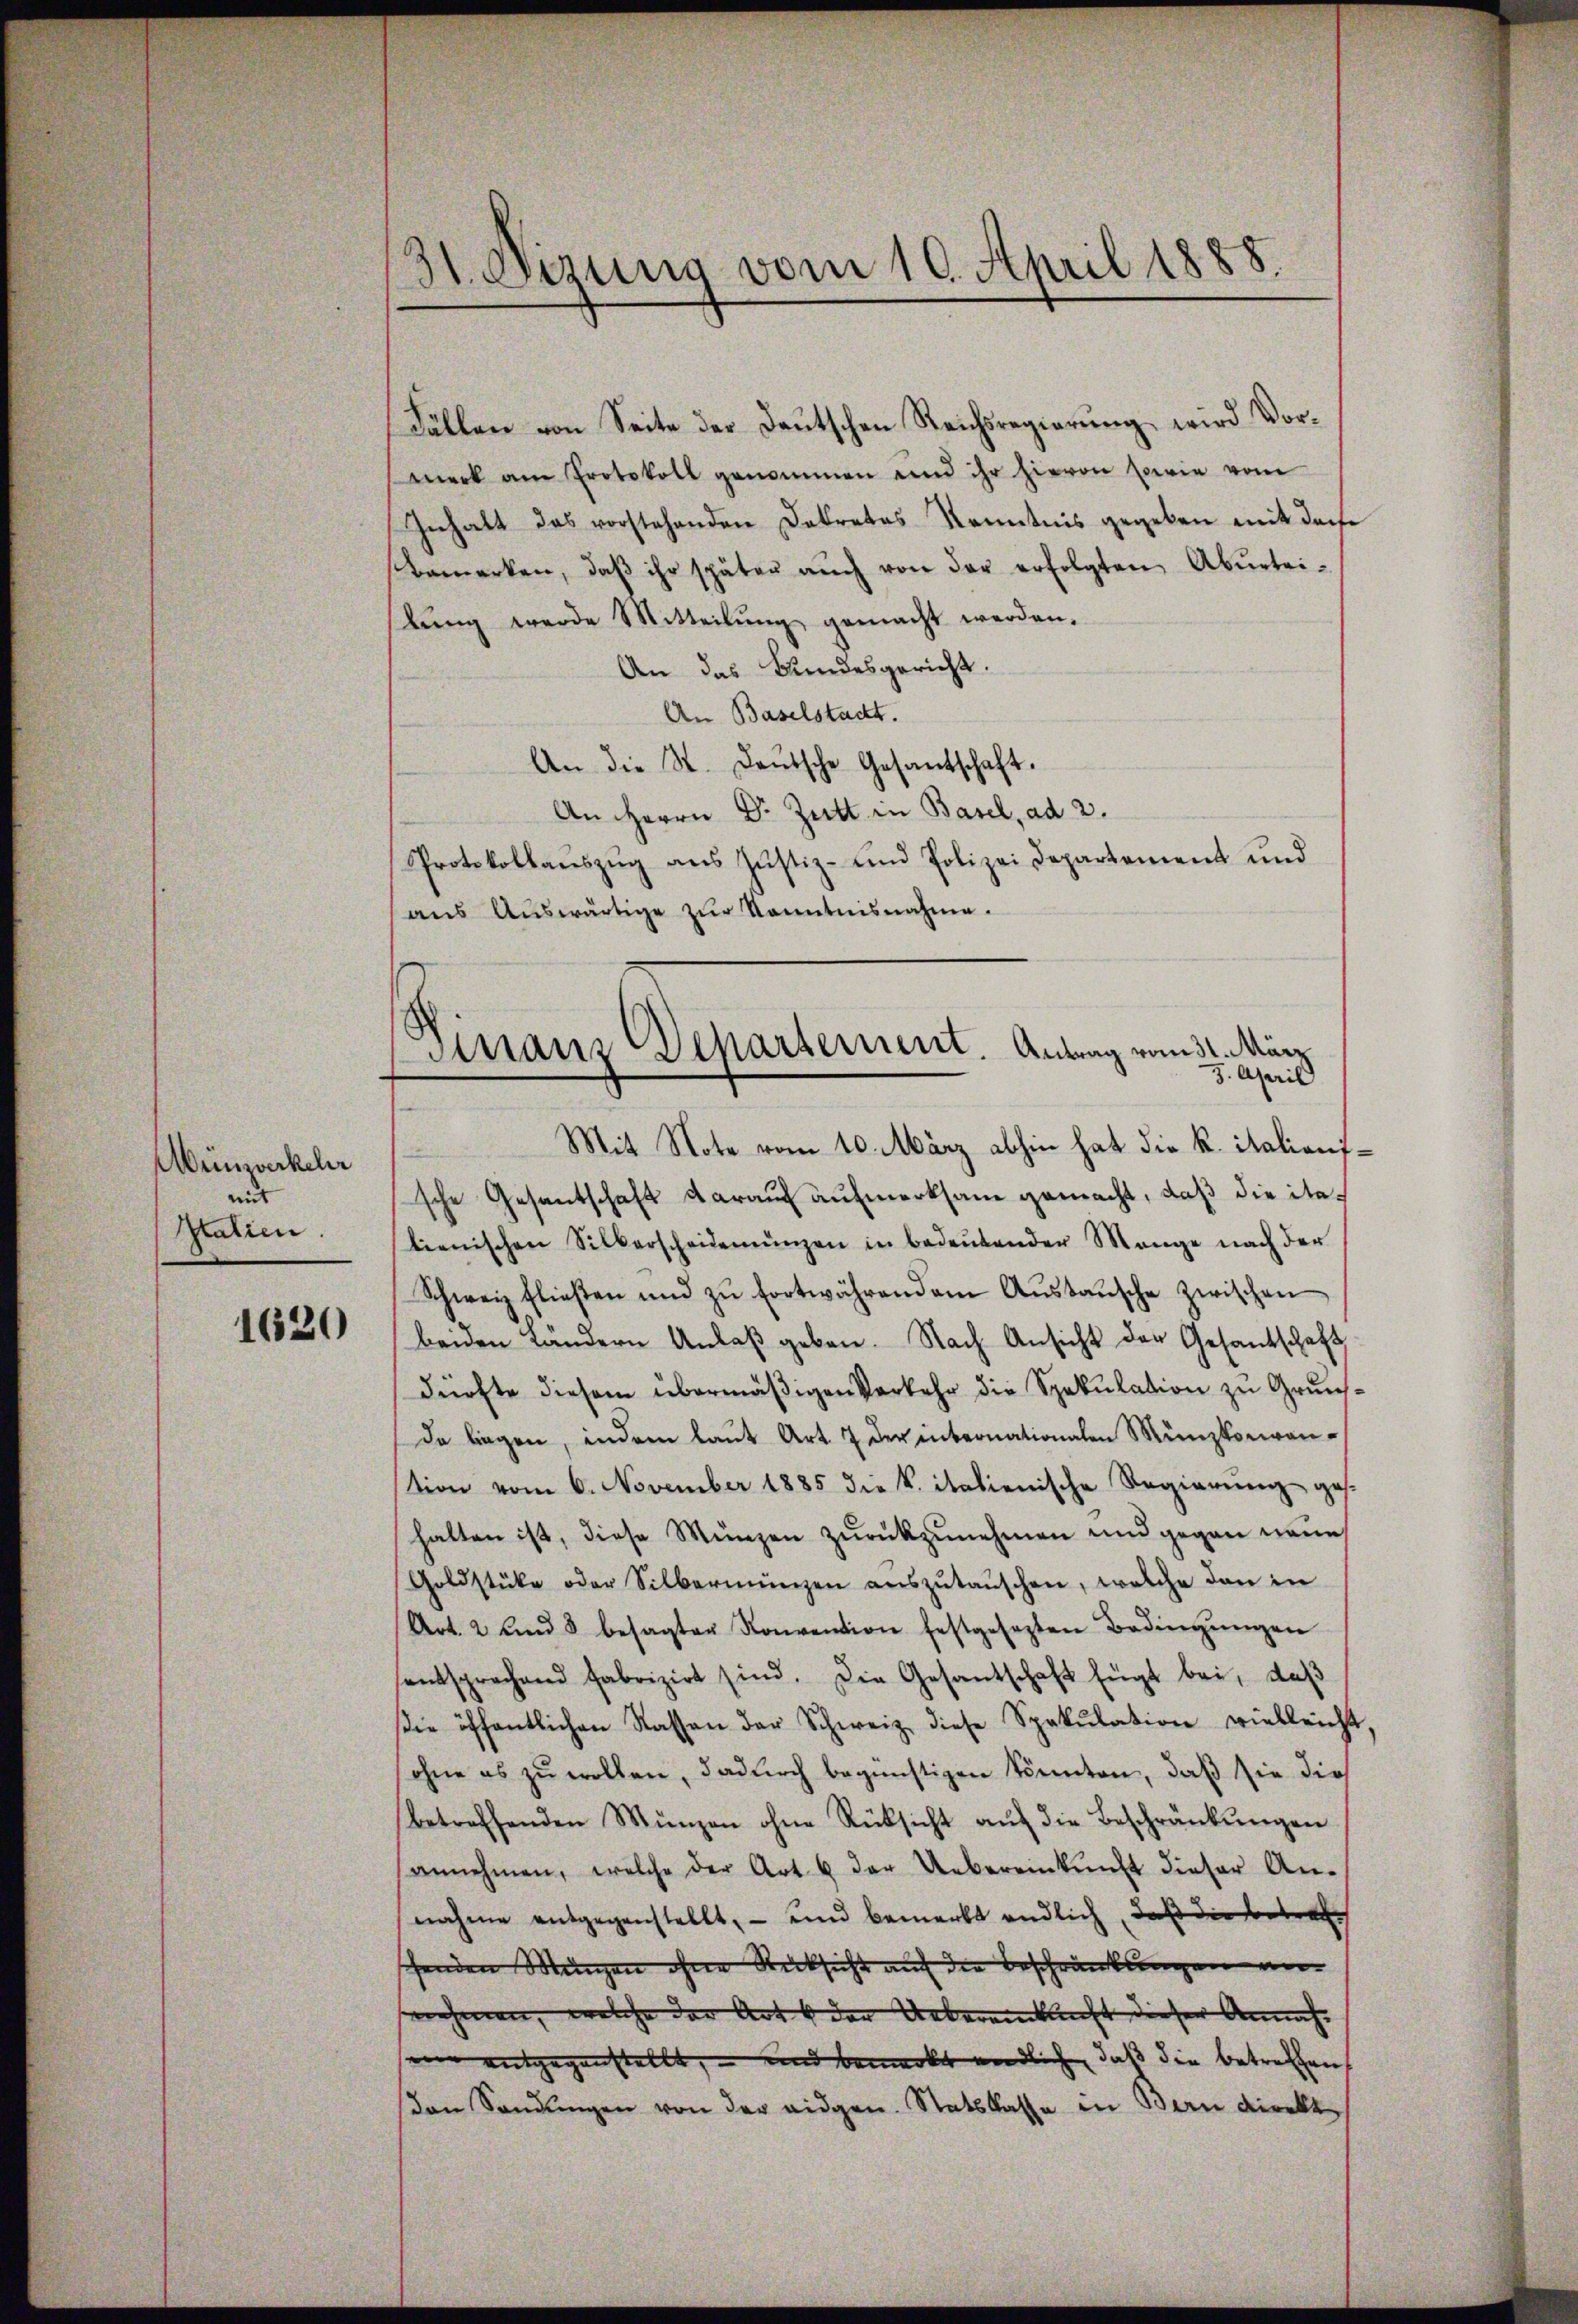
Abeinzuerkeler
mit
Italien.

1620

31. Sizung vom 10. April 1888.

Fällen von Seite der Deutschen Reichsregierung wird Vormerk am Protokoll genommen und ihr hievon sowie vom
Inhalt das vorstehenden Dekretes Kenntnis gegeben mit derse
Bemerken, daβ ihr später aŭch von der erfolgten Abŭrtei-
lŭng werde Mitteilŭng gemacht werden.
An das Bundesgericht.
An Baselstadt.
An die St. Leŭtsche Gesantschaft.
An Herrn Dr. Zutt in Basel, ad 2.
Protokollaŭszŭg ans Justiz- und Polizei Departement und
aŭs Aŭswärtige zŭr Kenntnisnahme.

Finanz Departement. Antrag vom 31. März
3. April

Mit Note vom 10. März abhin hat die K. italianssche Gesantschaft darauf aufmerksam gemacht, daß die italienischen Silberscheidemünzen in bedeŭtender Mange nach der
Schweiz fließen und zŭ fortwährendem Aŭstaŭsche zwischen
beiden Ländern Anlaβ geben. Nach Ansicht der Gesantschaft
dürfte diesem übermäßigen Verkehr die Spekulation zu Grundda liegen, indem laut Art. 7 der internationalen Münzkorwanstion vom 6. November 1885 die k. italienische Regierŭng ges
halten ist, diese Münzen zurückzunehmen und gegen neue
Goldstücke oder Silbermünzen aŭszŭtaŭschen, welche den in
Art. 2 und 8 besagter Konvention festgesetzten Bedingŭngen
entsprechend fabrizirt sind. Die Gesantschaft fügt bei, daß
sie öffentlichen Kassen der Schweiz. diese Spakŭlation vielleicht,
ohne es zu wollen, dadurch begünstigen könnten, daß sie dies
betreffenden Münzen ohne Rücksicht auf die Beschränkungen
annehmen, welche der Art. 6 der Uebereinkŭnft dieser An-
nahme entgegenstellt, – und bemerkt endlich, daß die Betra
schenden Mengen ohne Rücksicht auf die Beschränkungen an
nehmen, welche der Art den Uebereinklicht dieser Annaheine entgegenstellt, – und bemerkt endlich, daß die betreffen,
on Sandŭngen von der eidgen. Statskasse in Bern direkt